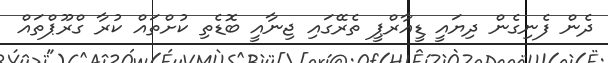
ދެން ފެނިގެން ދިޔައީ ޑީއާރްޕީ ތެރޭގައި ޖިނާއީ ބޮޑެތި ކުށްތައް ކުރާ ގްރޫޕްތައް